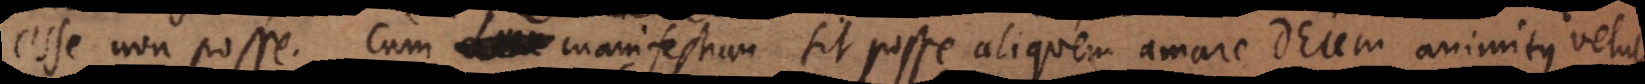
esse non posse. Cum manifestum sit posse aliquem amare Deum animitus velut